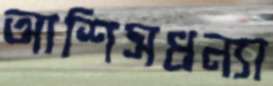
আশিসধন্যা